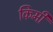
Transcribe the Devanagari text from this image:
किमी